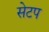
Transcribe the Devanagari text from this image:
सेटप